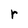
Character: r